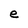
Character: e